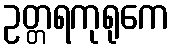
ဥတ္တရကုရုကေ